Lunatic asylums Madras 1877-1891 - 1877-1891
Year: 1877
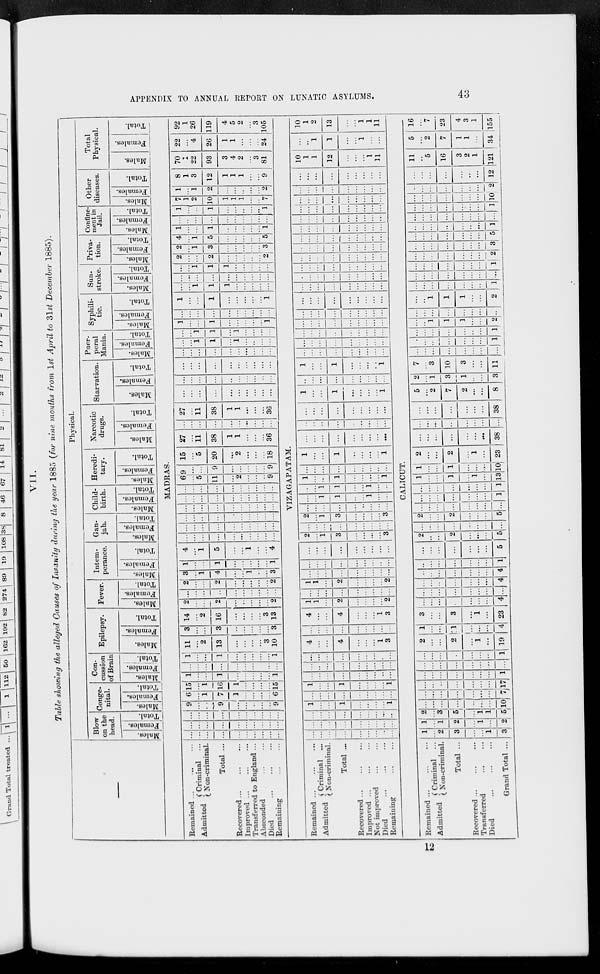
APPENDIX TO ANNUAL REPORT ON LUNATIC ASYLUMS.
43
VII.
Table showing the alleged Causes of Insanity during the year 1885 ( for nine months from 1st April to 31st December 1885).
Physical.
Blow
on the
head.
Males.
Females.
Total.
Conge-
nital.
Males.
Females.
Total.
Con-
cussion
of Brain
Males.
Females.
Total!
Epilepsy.
Males.
Females.
Total.
Fever.
Males.
Females.
Total.
Intem-
perance.
Males.
Females.
Total.
Gan-
jah.
Males.
Females.
Total.
Child-
birth.
Males.
Females.
Total.
Heredi-
tary.
Males.
Females.
Total.
Narcotic
drugs.
Males.
Females.
Total.
Starvation.
Males.
Females.
Total.
Puer-
peral
Mania.
Males.
Females.
Total.
Syphili-
tic.
Males.
Females.
Total.
Sun-
stroke.
Males.
Females.
Total.
Priva-
tion.
Males.
Females.
Total.
Confine-
ment in
Jail.
Males.
Females.
Total.
Other
diseases.
Males.
Females.
Total.
Total
Physical.
Males.
Females.
Total.
MADRAS.
Remained ... ... ...
Admitted Criminal ...
Non-criminal.
Total ...
Recovered
...
...
..
Improved ... ... ...
Transferred to England ...
Absconded ... ...
Died ... ... ...
Remaining ... ...
...
...
...
...
...
...
...
...
...
...
...
...
...
...
...
...
...
...
...
...
...
...
...
...
...
...
...
...
...
...
9
...
...
9
...
...
...
...
...
9
6
...
1
7
1
...
...
...
...
6
15
...
1
16
1
...
...
...
...
15
1
...
...
1
...
...
...
...
...
1
...
...
...
...
...
...
...
...
...
...
1
...
...
1
...
...
...
...
...
1
11
...
2
13
...
...
...
...
3
10
3
...
...
3
...
...
...
...
...
3
14
...
2
16
...
...
...
...
3
13
2
...
...
2
...
...
...
...
...
2
...
...
...
...
...
...
...
...
...
...
2
...
...
2
...
...
...
...
...
2
3
...
1
4
...
...
1
...
...
3
1
...
...
1
...
...
...
...
...
1
4
...
1
5
...
...
1
...
...
4
...
...
...
...
...
...
...
...
...
...
...
...
...
...
...
...
...
...
...
...
...
...
...
...
...
...
...
...
...
...
...
...
...
...
...
...
...
...
...
...
...
...
...
...
...
...
...
...
...
...
...
...
...
...
...
...
...
...
...
...
6
...
5
11
...
2
...
...
...
9
9
...
...
9
...
...
...
...
...
9
15
...
5
20
...
2
...
...
...
18
27
...
11
38
1
1
...
...
...
36
...
...
...
...
...
...
...
...
...
...
27
...
11
38
1
1
...
...
...
36
...
...
...
...
...
...
...
...
...
...
...
...
...
...
...
...
...
...
...
...
...
...
...
...
...
...
...
...
...
...
...
...
...
...
...
...
...
...
...
...
...
...
1
1
...
1
...
...
...
...
...
...
1
1
...
1
...
...
...
...
1
...
...
1
...
...
...
...
...
1
...
...
...
...
...
...
...
...
...
...
1
...
...
1
...
...
...
...
...
1
...
...
1
1
1
...
...
...
...
...
...
...
...
...
...
...
...
...
...
...
...
...
1
1
1
...
...
...
...
...
2
...
...
2
...
...
...
...
...
2
2
...
1
3
...
...
...
...
...
3
4
...
1
5
...
...
...
...
...
5
1
...
...
1
...
...
...
...
...
1
...
...
...
...
...
...
...
...
...
...
1
...
...
1
...
...
...
...
...
1
7
1
2
10
1
1
1
...
...
7
1
...
1
2
...
...
...
...
...
2
8
1
3
12
1
1
1
...
...
9
70
1
22
93
3
4
2
...
3
81
22
...
4
26
1
1
...
...
...
24
92
1
26
119
4
5
2
...
3
105
VIZAGAPATAM.
Remained ... ... ...
Admitted
Criminal ...
Non-criminal.
Total ...
Recovered ... ... ...
Improved ... ... ...
Not improved ... ...
Died
...
...
...
Remaining ... ...
...
...
...
...
...
...
...
...
...
...
...
...
...
...
...
...
...
...
...
...
...
...
...
...
...
...
...
1
...
...
1
...
...
...
...
1
...
...
...
...
...
...
...
...
...
1
...
...
1
...
...
...
...
1
...
...
...
...
...
...
...
...
...
...
...
...
...
...
...
...
...
...
...
...
...
...
...
...
...
...
...
4
...
...
4
...
...
...
1
3
...
...
...
...
...
...
...
...
...
4
...
...
4
...
...
...
1
3
1
1
...
2
...
...
...
...
2
...
...
...
...
...
...
...
...
...
1
1
...
2
...
...
...
...
2
...
...
...
...
...
...
...
...
...
...
...
...
...
...
...
...
...
...
...
...
...
...
...
...
...
...
...
2
...
1
3
...
...
...
...
3
...
...
...
...
...
...
...
...
...
2
...
1
3
...
...
...
...
3
...
...
...
...
...
...
...
...
...
...
...
1
1
...
...
1
...
...
...
...
1
1
...
...
1
...
...
1
...
...
1
...
...
...
...
1
...
...
...
...
...
...
...
...
...
1
...
...
1
...
...
...
...
1
...
...
...
...
...
...
...
...
...
...
...
...
...
...
...
...
...
...
...
...
...
...
...
...
...
...
...
1
...
...
1
...
...
...
...
1
...
...
...
...
...
...
...
...
...
1
...
...
1
...
...
...
...
1
...
...
...
...
...
...
...
...
...
...
...
...
...
...
...
...
...
...
...
...
...
...
...
...
...
...
...
...
...
...
...
...
...
...
...
...
...
...
...
...
...
...
...
...
...
...
...
...
...
...
...
...
...
...
...
...
...
...
...
...
...
...
...
...
...
...
...
...
...
...
...
...
...
...
...
...
...
...
...
...
...
...
...
...
...
...
...
...
...
...
...
...
...
...
...
...
...
...
...
...
...
...
...
...
...
...
...
...
...
...
...
...
...
...
...
...
...
...
...
...
...
...
...
...
...
...
...
...
...
...
...
...
...
...
...
...
...
...
...
...
...
...
...
...
...
...
...
...
...
...
...
...
...
...
...
...
...
...
...
...
...
...
10
1
1
12
...
...
...
1
11
...
...
1
1
...
...
1
...
...
10
1
2
13
...
...
1
1
11
CALICUT.
Remained ...
...
...
Admitted
Criminal ...
Non-criminal.
Total ...
Recovered ... ... ...
Transferred
...
...
Died ... ... ...
Grand Total ...
1
...
2
3
...
...
1
3
1
...
1
2
...
1
...
2
2
...
3
5
...
1
1
5
...
...
...
...
...
...
...
10
...
...
...
...
...
...
...
7
...
...
...
...
...
...
...
17
...
...
...
...
...
...
...
1
...
...
...
...
...
...
...
...
...
...
...
...
...
...
...
1
2
...
...
2
...
1
...
19
1
...
...
1
...
...
...
4
3
...
...
3
...
1
...
23
...
...
...
...
...
...
...
4
...
...
...
...
...
...
...
...
...
...
...
...
...
...
...
4
...
...
...
...
...
...
...
4
...
...
...
...
...
...
...
1
...
...
...
...
...
...
...
5
2
...
...
2
...
...
...
5
...
...
...
...
...
...
...
...
2
...
...
2
...
...
...
5
...
...
...
...
...
...
...
...
...
...
...
...
...
...
...
1
...
...
...
...
...
...
...
1
1
...
...
1
...
1
...
13
1
...
...
1
...
...
...
10
2
...
...
2
...
1
...
23
...
...
...
...
...
...
...
38
...
...
...
...
...
...
...
...
...
...
...
...
...
...
...
38
5
...
2
7
2
...
...
8
2
...
1
3
1
...
...
3
7
...
3
10
3
...
...
11
...
...
...
...
...
...
...
...
...
...
...
...
...
...
...
1
...
...
...
...
...
...
...
1
...
...
1
1
1
...
...
2
...
...
...
...
...
...
...
...
...
...
1
1
1
...
...
2
...
...
...
...
...
...
...
1
...
...
...
...
...
...
...
...
...
...
...
...
...
...
...
1
...
...
...
...
...
...
...
2
...
...
...
...
...
...
...
3
...
...
...
...
...
...
...
5
...
...
...
...
...
...
...
1
...
...
...
...
...
...
...
...
...
...
...
...
...
...
...
1
...
...
...
...
...
...
...
10
...
...
...
...
...
...
...
2
...
...
...
...
...
...
...
12
11
...
5
16
3
2
1
121
5
...
2
7
1
1
...
34
16
...
7
23
4
3
1
155
12